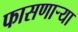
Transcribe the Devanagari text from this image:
फासणाऱ्या